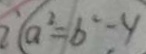
( a ^ { 2 } = b ^ { 2 } - y